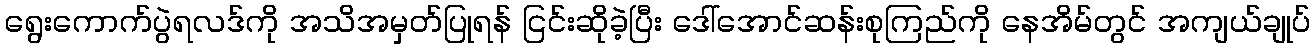
ရွေးကောက်ပွဲရလဒ်ကို အသိအမှတ်ပြုရန် ငြင်းဆိုခဲ့ပြီး ဒေါ်အောင်ဆန်းစုကြည်ကို နေအိမ်တွင် အကျယ်ချုပ်